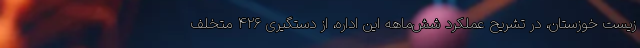
زیست خوزستان، در تشریح عملکرد شش‌ماهه این اداره، از دستگیری ۴۲۶ متخلف